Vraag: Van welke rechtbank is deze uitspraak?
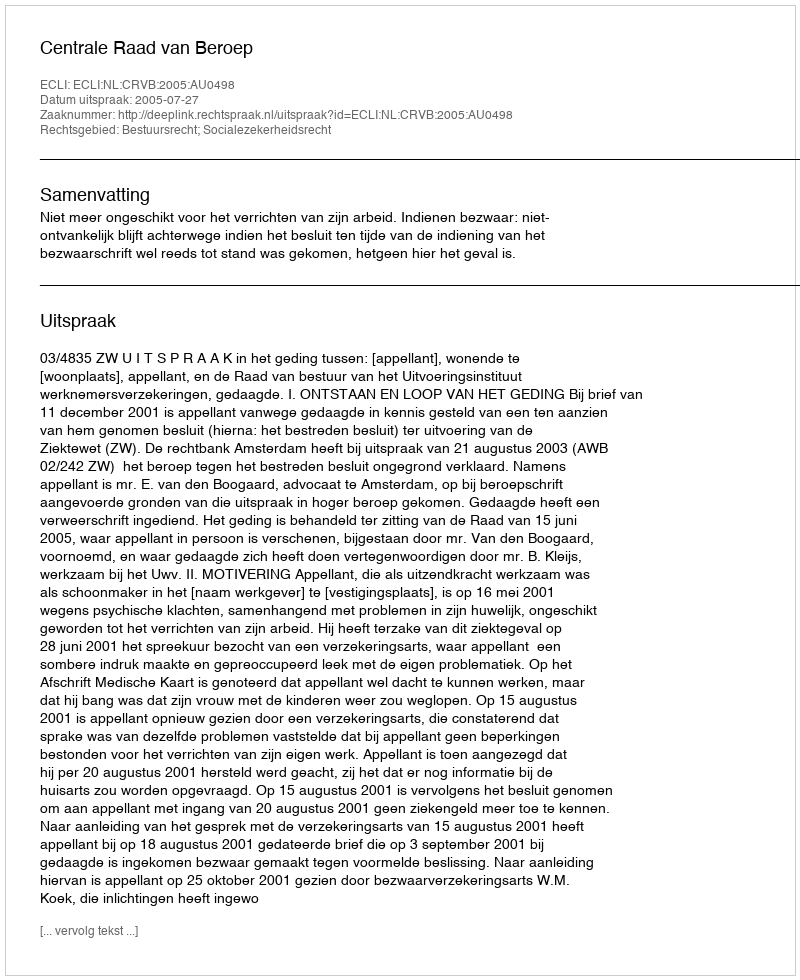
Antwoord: Centrale Raad van Beroep